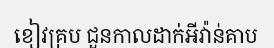
ខៀវគ្រប ជួនកាលដាក់អីវ៉ាន់គាប